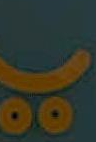
ب